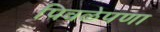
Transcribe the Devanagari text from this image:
पिवळेपणा